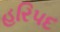
હરિપદ